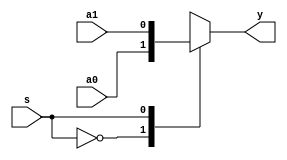
`timescale 1ns / 1ps
//////////////////////////////////////////////////////////////////////////////////
// Company: 
// Engineer: 
// 
// Design Name: 
// Module Name:    mux1_2_1 
// Project Name: 
// Target Devices: 
// Tool versions: 
// Description: 
//
// Dependencies: 
//
// Revision: 
// Revision 0.01 - File Created
// Additional Comments: 
//
//////////////////////////////////////////////////////////////////////////////////
module mux1_2_1(a0,a1,s,y
    );
	 input a0,a1;
	 input s;
	 output y;
	 
	 reg y;
	 always @ (*)
		begin
			case(s)
				1'b0: y=a0;
				1'b1: y=a1;
				default: y=1'bx; 
			endcase
		end
endmodule